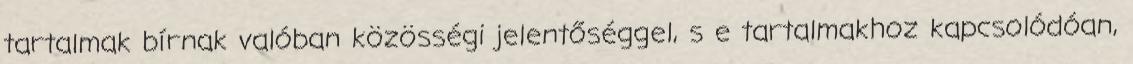
tartalmak bírnak valóban közösségi jelentőséggel, s e tartalmakhoz kapcsolódóan,